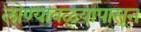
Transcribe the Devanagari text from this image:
लोण्यावळ्यापासून